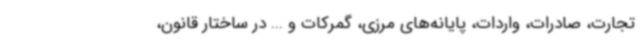
تجارت، صادرات، واردات، پایانه‌های مرزی، گمرکات و ... در ساختار قانون،